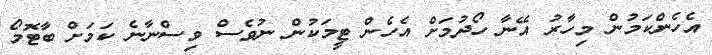
އެހެންކަމުން މިހާރު އޭނާ ހޯދުމަށް އެހެން ޓީމަކުން ނުވެސް ވިސްނާނެ ކަމަށް ބާޓޮމޯ